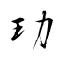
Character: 玏